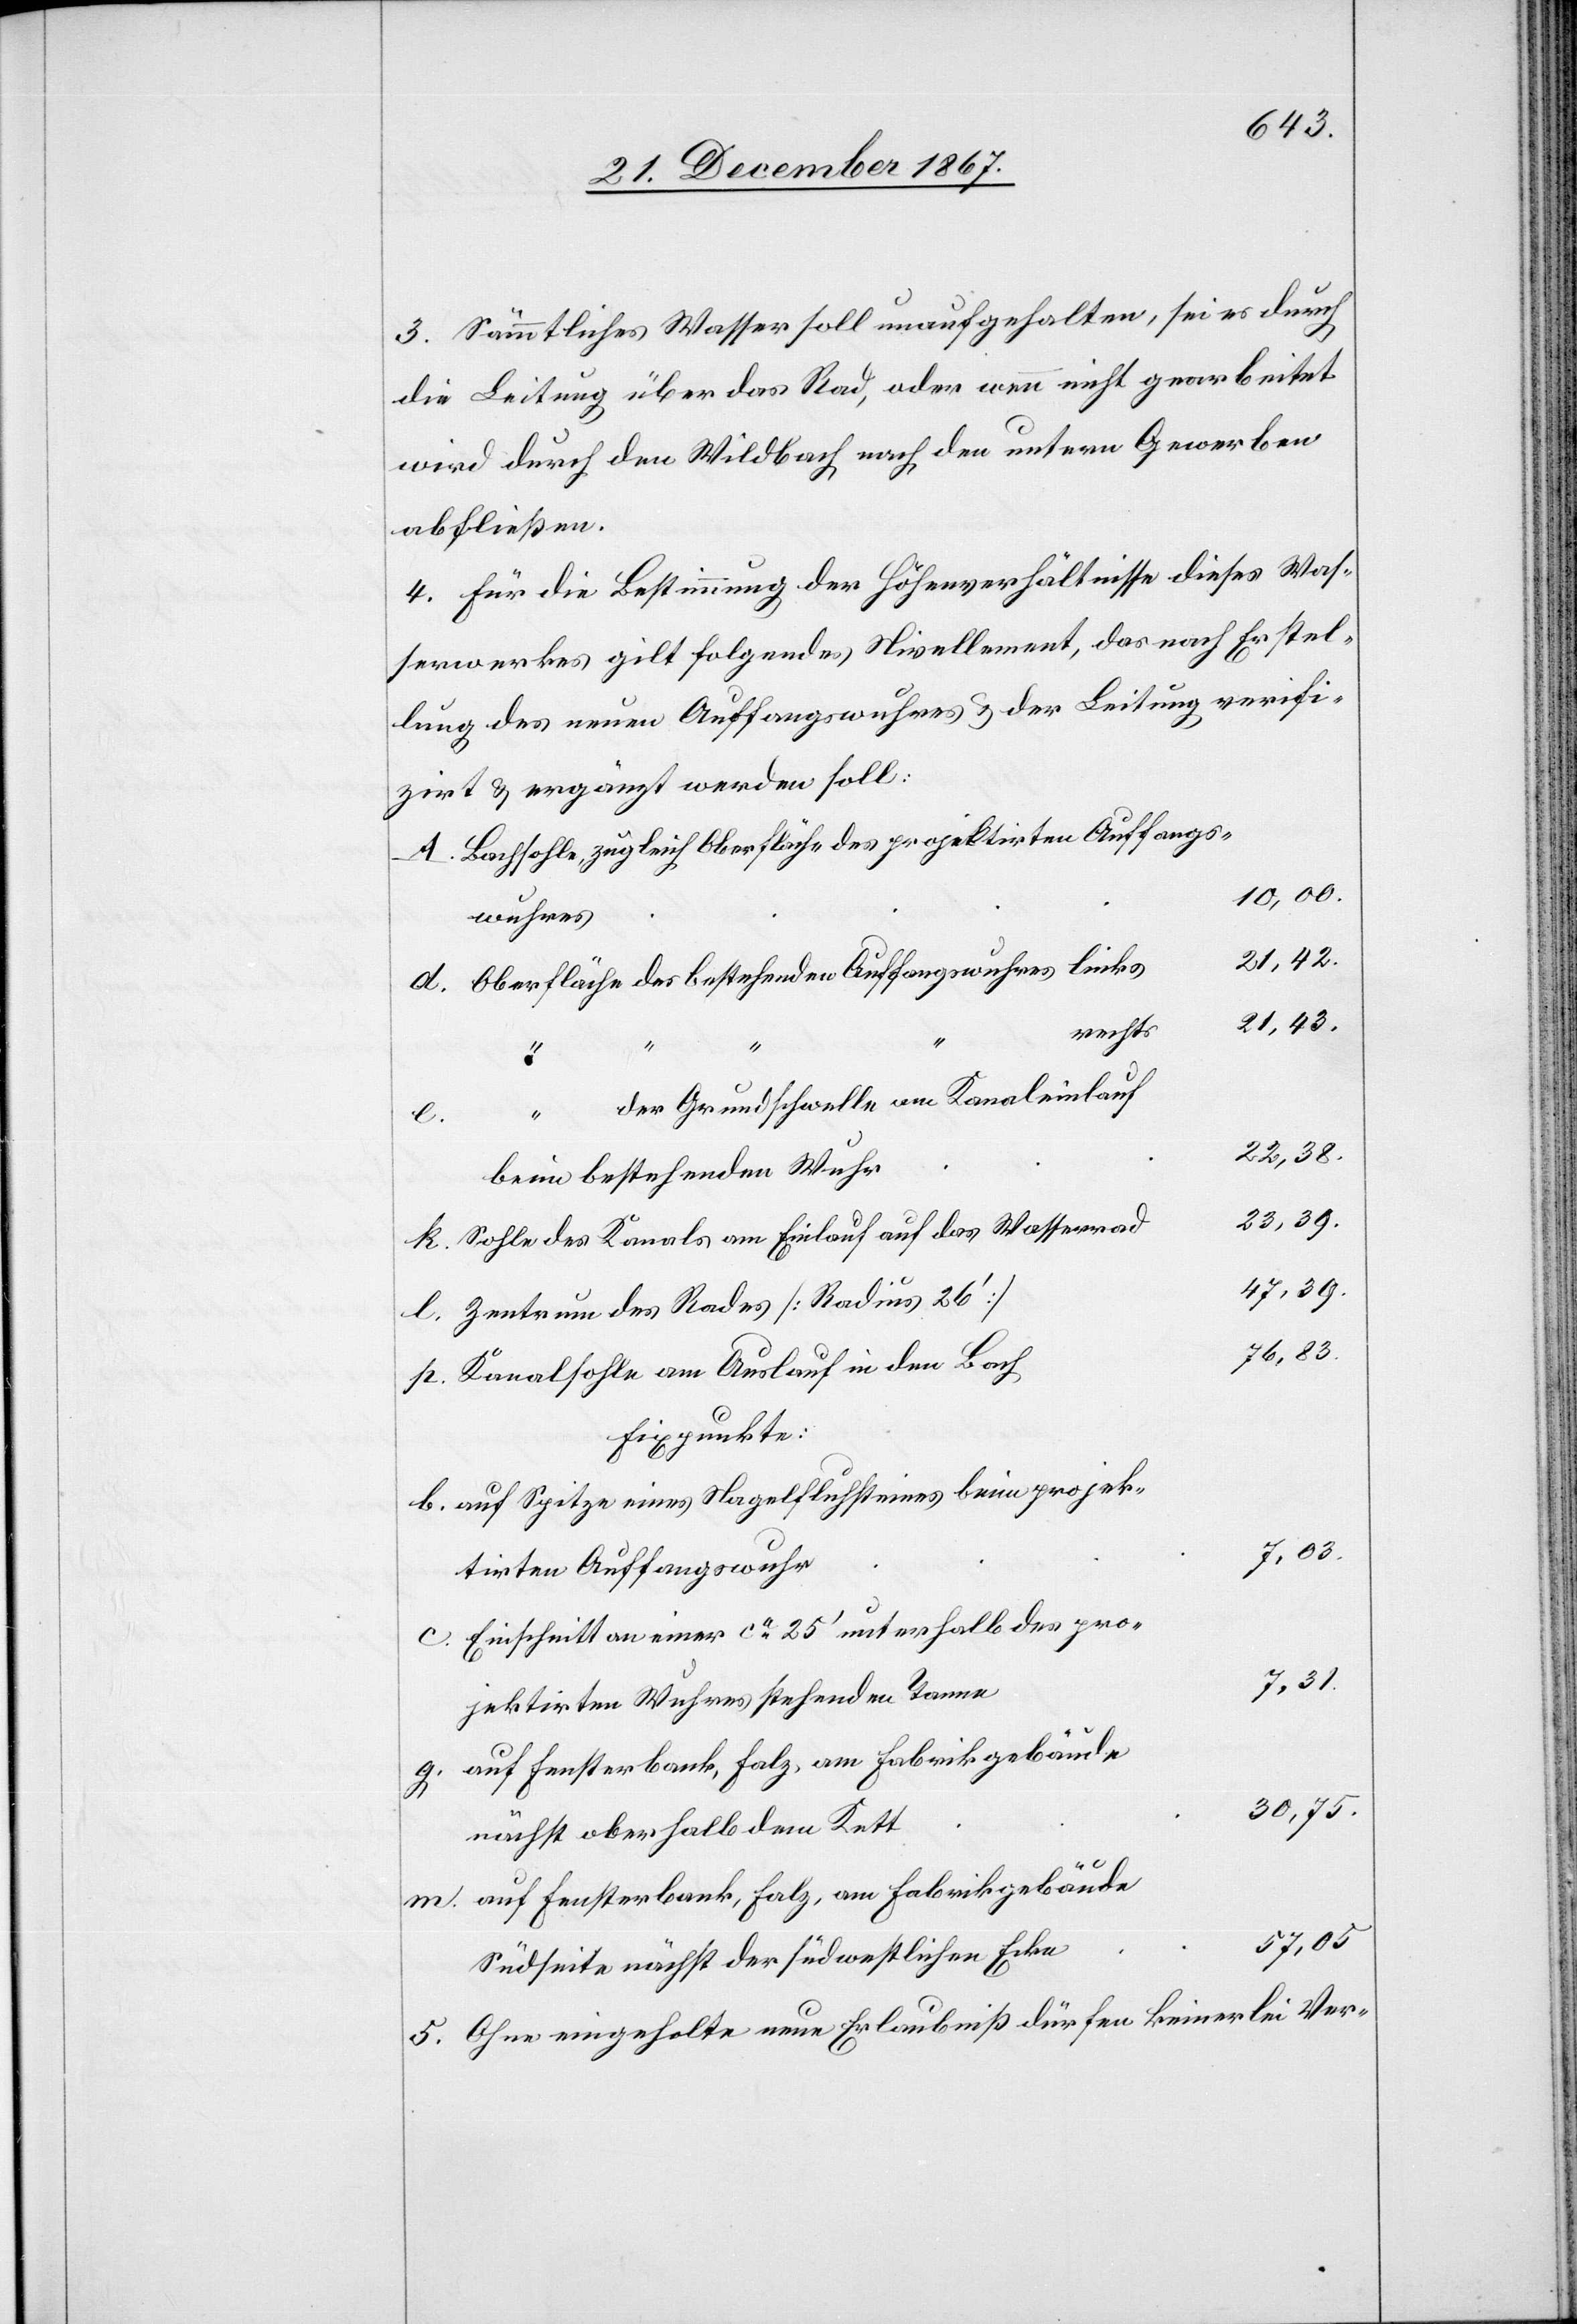
3. Sämmtliches Wasser soll unaufgehalten, sei es durch
die Leitung über das Rad, oder wenn nicht gearbeitet
wird durch den Wildbach nach den untern Gewerben
abfließen.
4. Für die Bestimmung der Höhenverhältnisse dieses Was¬
serwerkes gilt folgendes Nivellement, das nach Erstel¬
lung des neuen Auffangswuhres und der Leitung verifi¬
zirt u. ergänzt werden soll.
Bachsohle, zugleich Oberfläche des projektirten Auffangs¬
wuhres
Oberfläche des bestehenden Auffangswuhres links
21,43.
rechts
der Grundschwelle am Kanaleinlauf
m.
beim bestehenden Wuhr
23,39.
Sohle des Kanals am Einlauf auf das Wasserrad
7,31.
Zentrum des Rades [Radius 26‘]
7,03.
Kanalsohle am Auslauf in den Bach
Fixpunkte:
auf Spitze eines Nagelfluhsteines beim projek¬
tirten Auffangswuhr
Einschnitt an einer ca 25‘ unterhalb des pro¬
jektirten Wuhres stehenden Tanne
auf Fensterbank, Falz, am Fabrikgebäude
g.
30,75.
nächstoberhalb dem Kett
57,05
Südseite nächst der südwestlichen Ecke
5. Ohne eingeholte neue Erlaubniß dürfen keinerlei Ver-